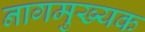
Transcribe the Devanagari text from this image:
नागमुख्यक